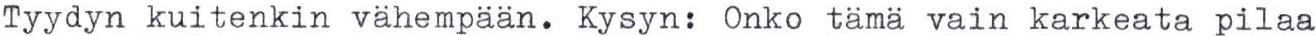
Tyydyn kuitenkin vähempään. Kysyn: Onko tämä vain karkeata pilaa